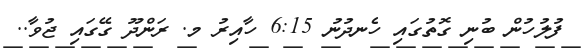
ފުލުހުން ބުނި ގޮތުގައި ހެނދުނު 6:15 ހާއިރު މ. ރަންދޫ ގޭގައި ޖުވާ..